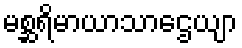
မစ္ဆရိမာယာသာဌေယျာ